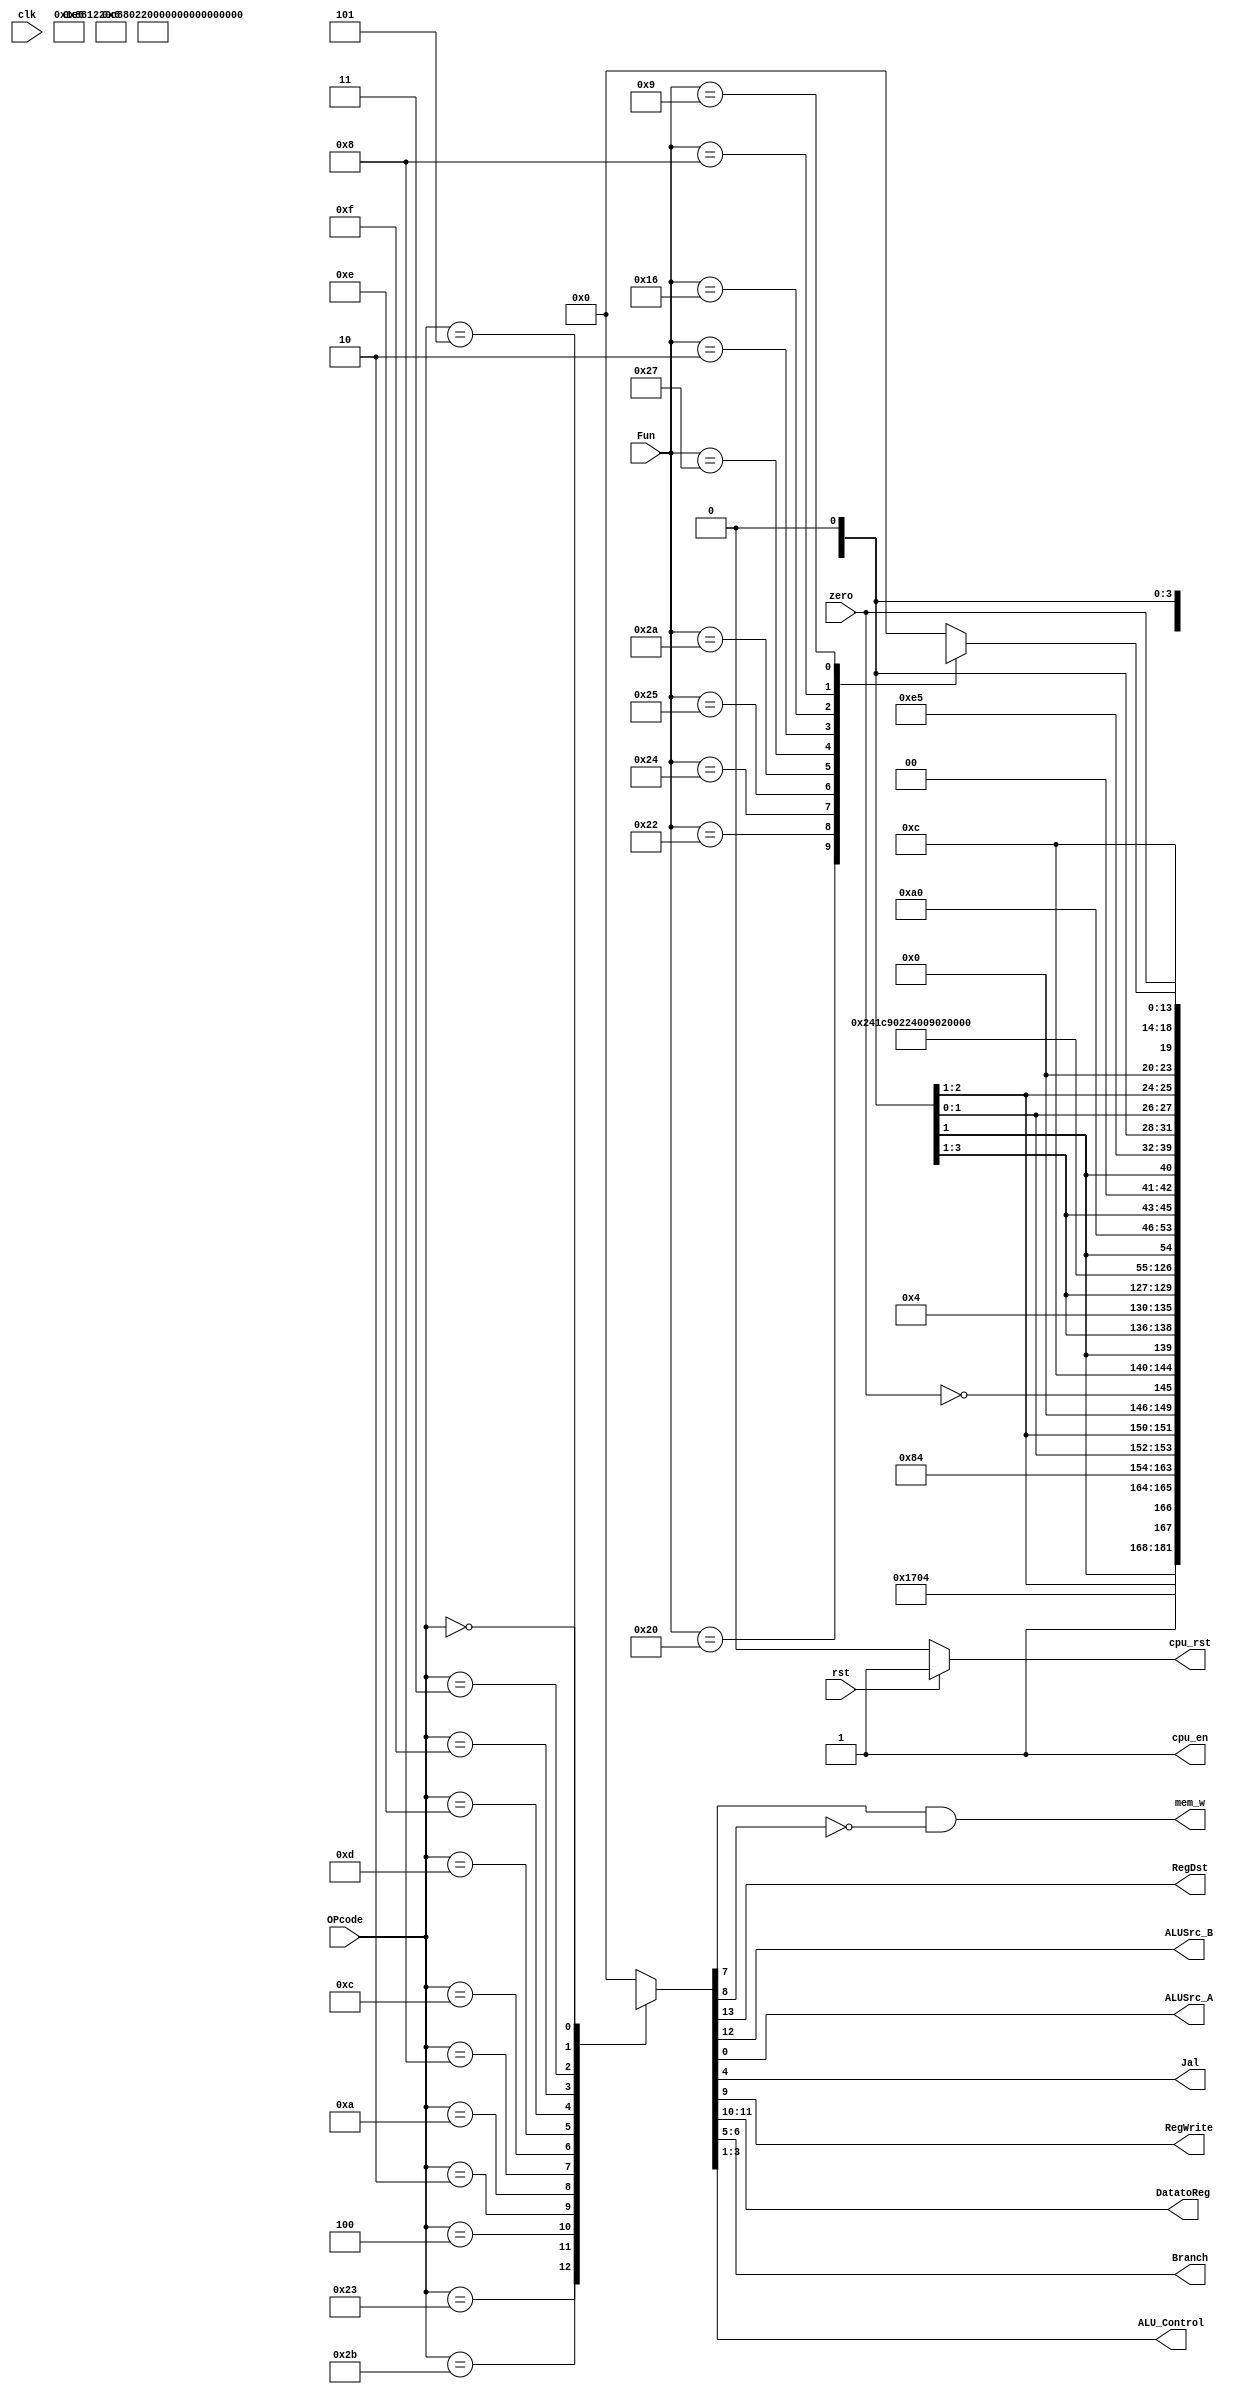
module SCPU_control(
	input wire clk,  // main clock
	input wire rst,  // synchronous reset
	// debug
	`ifdef DEBUG
	input wire debug_en,  // debug enable
	input wire debug_step,  // debug step clock
	`endif
	input[5:0] OPcode,
	input[5:0] Fun,
	input zero,
	output reg RegDst,
	output reg ALUSrc_B,
	output reg ALUSrc_A,
	output reg Jal,
	output reg RegWrite,
	output     mem_w,
	output reg[1:0] DatatoReg,
	output reg[1:0] Branch,
	output reg[2:0] ALU_Control,
	// debug control
	output reg cpu_rst,  // cpu reset signal
	output reg cpu_en  // cpu enable signal
    );
   
	reg MemWrite, MemRead;
	
	`define CPU_ctrl_signals {RegDst, ALUSrc_B, DatatoReg, RegWrite, MemRead, MemWrite, Branch, Jal, ALU_Control,ALUSrc_A}
	
	assign mem_w = MemWrite && (~MemRead) && cpu_en;
	
	always @ (Fun or OPcode or zero) begin
		case(OPcode)
			6'b100011: begin `CPU_ctrl_signals <= 14'b0_1_01_1_1_0_00_0_010_0; end // load
			6'b101011: begin `CPU_ctrl_signals <= 14'bx_1_xx_0_0_1_00_0_010_0; end // store
			6'b000100: begin `CPU_ctrl_signals <= {8'bx_0_xx_0_0_0_0, ~zero, 5'b0_110_0}; end // beq
			6'b000010: begin `CPU_ctrl_signals <= 14'bx_x_xx_0_0_0_10_0_xxx_0; end // jump
			6'h0A: begin `CPU_ctrl_signals <= 14'b0_1_00_1_0_0_00_0_111_0; end // slti
			6'h08: begin `CPU_ctrl_signals <= 14'b0_1_00_1_0_0_00_0_010_0; end // addi
			6'h0C: begin `CPU_ctrl_signals <= 14'b0_1_00_1_0_0_00_0_000_0; end // andi
			6'h0D: begin `CPU_ctrl_signals <= 14'b0_1_00_1_0_0_00_0_001_0; end // ori
			6'h0E: begin `CPU_ctrl_signals <= 14'b0_1_00_1_0_0_00_0_011_0; end // xori
			6'h0F: begin `CPU_ctrl_signals <= 14'b0_x_10_1_0_0_00_0_xxx_0; end // lui
			6'h03: begin `CPU_ctrl_signals <= 14'b0_x_11_1_0_0_10_1_xxx_0; end // Jal
			6'h05: begin `CPU_ctrl_signals <= {8'bx_0_xx_0_0_0_0, zero, 5'b0_110_0}; end // bne
			6'b000000: begin case(Fun)
				6'b100000: begin `CPU_ctrl_signals <= 14'b1_0_00_1_0_0_00_0_010_0; end // add
				6'b100010: begin `CPU_ctrl_signals <= 14'b1_0_00_1_0_0_00_0_110_0; end // sub
				6'b100100: begin `CPU_ctrl_signals <= 14'b1_0_00_1_0_0_00_0_000_0; end // and
				6'b100101: begin `CPU_ctrl_signals <= 14'b1_0_00_1_0_0_00_0_001_0; end // or
				6'b101010: begin `CPU_ctrl_signals <= 14'b1_0_00_1_0_0_00_0_111_0; end // slt
				6'b100111: begin `CPU_ctrl_signals <= 14'b1_0_00_1_0_0_00_0_100_0; end // nor
				6'b000010: begin `CPU_ctrl_signals <= 14'b1_0_00_1_0_0_00_0_101_1; end // srl
				6'b010110: begin `CPU_ctrl_signals <= 14'b1_0_00_1_0_0_00_0_011_0; end // xor
				6'h8: begin `CPU_ctrl_signals <= 14'bx_x_xx_0_0_0_11_0_xxx_0; end // jr
				6'h9: begin `CPU_ctrl_signals <= 14'b0_1_11_1_0_0_11_0_xxx_0; end // Jalr
				default: begin `CPU_ctrl_signals <= 14'b0; end
			endcase end
			default: begin `CPU_ctrl_signals <= 14'b0; end
		endcase
	end
	
	
	// debug control
	`ifdef DEBUG
	reg debug_step_prev;
	
	always @(posedge clk) begin
		debug_step_prev <= debug_step;
	end
	`endif
	
	always @(*) begin
		cpu_rst = 0;
		cpu_en = 1;
		if (rst) begin
			cpu_rst = 1;
		end
		`ifdef DEBUG
		// suspend and step execution
		else if ((debug_en) && ~(~debug_step_prev && debug_step)) begin
			cpu_en = 0;
		end
		`endif
	end


endmodule